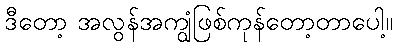
ဒီတော့ အလွန်အကျွံဖြစ်ကုန်တော့တာပေါ့။